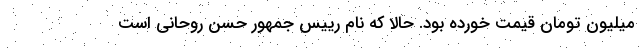
میلیون تومان قیمت خورده بود. حالا که نام رییس جمهور حسن روحانی است